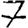
Digit: 7